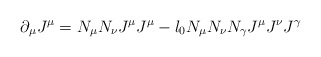
\begin{align*}\partial_{\mu}J^{\mu}=N_{\mu}N_{\nu}J^{\mu} J^{\mu}-l_{0}N_{\mu}N_{\nu}N_{\gamma}J^{\mu}J^{\nu}J^{\gamma}\end{align*}